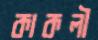
কাকলী